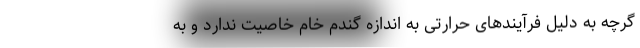
گرچه به دلیل فرآیندهای حرارتی به اندازه گندم خام خاصیت ندارد و به